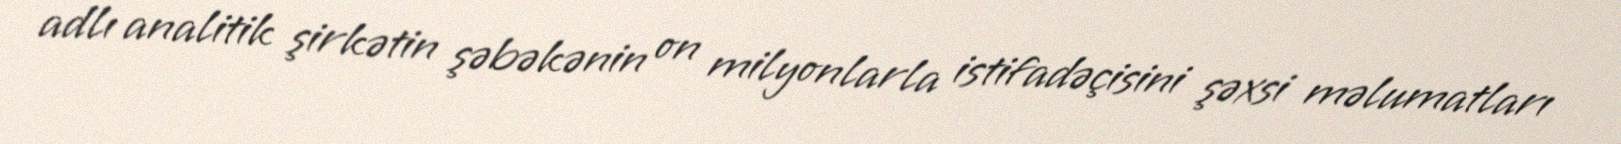
adlı analitik şirkətin şəbəkənin on milyonlarla istifadəçisini şəxsi məlumatları